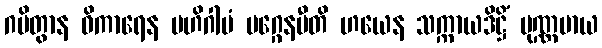
ဂမိတွာန ဝိကာရေန ဗဟိဂါမံ မဂ္ဂေနပီတိ ဟယေန သက္ကာယဒိဋ္ဌိံ ပုဏ္ဏမာယ